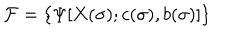
LaTeX: { \cal F } = \{ \Psi [ X ( \sigma ) ; c ( \sigma ) , b ( \sigma ) ] \}